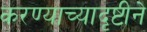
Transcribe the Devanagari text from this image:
करण्याच्यादृष्टीने